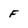
Character: F